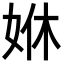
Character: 𡜨